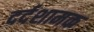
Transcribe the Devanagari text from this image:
दर्दशामक